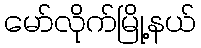
မော်လိုက်မြို့နယ်